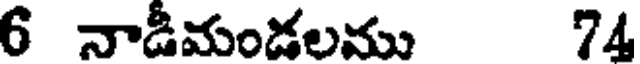
6 నాడీమండలము 74